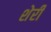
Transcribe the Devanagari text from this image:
शेर्री